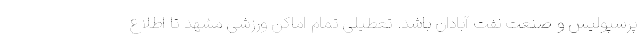
پرسپولیس و صنعت نفت آبادان باشد. تعطیلی تمام اماکن ورزشی مشهد تا اطلاع